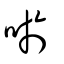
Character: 唹